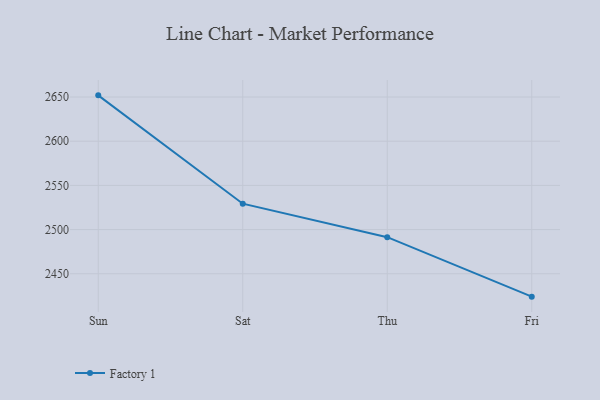
{"axis": {"x": "Day", "y": "Shipments"}, "legend": ["Factory 1"], "data": [{"x": "Sun", "y": 2651.9, "type": "Factory 1"}, {"x": "Sat", "y": 2529.3, "type": "Factory 1"}, {"x": "Thu", "y": 2491.4, "type": "Factory 1"}, {"x": "Fri", "y": 2424.1, "type": "Factory 1"}]}